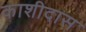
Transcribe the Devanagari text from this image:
काशीदास